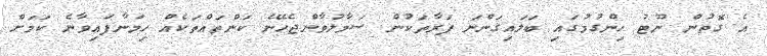
އެ ގޮތުން ނޫޓު ހިންގުމުގައި ބަލައިގަންނަ ފަރާތަކުން ސަމާލުވާންޖެހޭނެ ކަންތައްތަކެއް ހިމަނާފައިވާނެ ކަމަށް